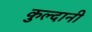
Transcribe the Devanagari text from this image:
कुल्दानी